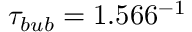
\tau _ { b u b } = 1 . 5 6 6 ^ { - 1 }